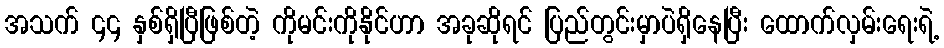
အသက် ၄၄ နှစ်ရှိပြီဖြစ်တဲ့ ကိုမင်းကိုနိုင်ဟာ အခုဆိုရင် ပြည်တွင်းမှာပဲရှိနေပြီး ထောက်လှမ်းရေးရဲ့